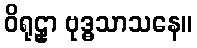
ဝိရုဠှာ ဗုဒ္ဓသာသနေ။